Report of the King Institute of Preventive Medicine, Guindy
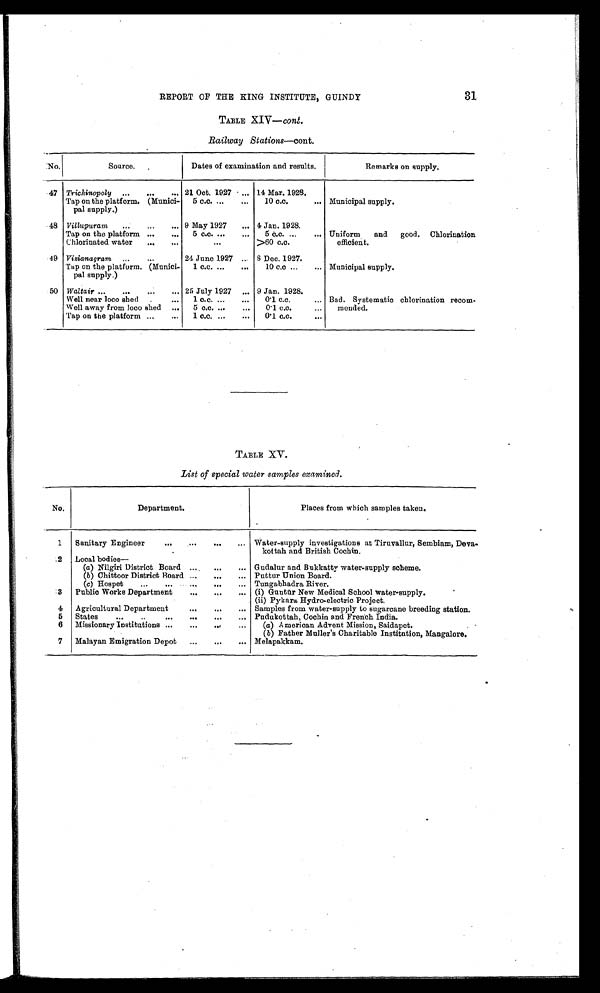
31
REPORT OF THE KING INSTITUTE, GUINDY
TABLE XIV— cont .
Railway Stations—cont.
No.
Source.
Dates of examination and results.
Remarks on supply.
47
Trichinopoly . . .
21 Oct. 1927 . . .
14 Mar. 1928.
Municipal supply.
Tap on the platform. (Munici-
pal supply.)
5 c.c. . . .
10 c.c. . . .
48
Villupuram . . .
9 May 1927 . . .
4 Jan. 1928.
Uniform and good.
Chlorination
efficient.
Tap on the platform . . .
5 c.c.
. . .
5 c.c.
. . .
Chlorinated water . . .
. . .
>60 c.c.
49
Vizianagram . . .
24 June 1927 . . .
8 Dec. 1927.
Municipal supply.
Tap on the platform. (Munici-
pal supply.)
1 c.c.
. . .
10 c.c
. . .
50
Waltair . . .
25 July 1927 . . .
9 Jan. 1928.
Bad. Systematic chlorination recom
-
mended.
Well near loco shed . . .
1 c.c. . . .
0.1 c.c. . . .
Well away from loco shed . . .
5 c.c.
. . .
0.1 c.c. . . .
Tap on the platform . . .
1 c.c. . . .
0.1 c.c. . . .
TABLE XV.
List of special water samples examined.
No.
Department.
Places from which samples taken.
1
Sanitary Engineer . . .
Water-supply investigations at Tiruvallur, Sembiam, Deva
-
kottah and British Cochin.
2
Local bodies—
(a) Nilgiri District Board . . .
Gudalur and Bukkatty water-supply scheme.
(b) Chittoor District Board . . .
Puttur Union Board.
(c) Hospet . . .
Tungabhadra River.
3
Public Works Department . . .
(i) Gunt ū r New Medical School water-supply.
(ii) Pykara Hydro-electric Project.
4
Agricultural Department . . .
Samples from water-supply to sugarcane breeding station.
5
States . . .
Pudukottah, Cochin and French India.
6
Missionary Institutions . . .
(a) American Advent Mission, Saidapet.
(b) Father Muller's Charitable Institution, Mangalore.
7
Malayan Emigration Depot . . .
Melapakkam.